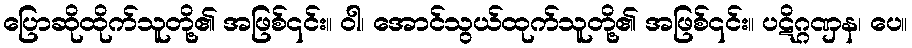
ပြောဆိုထိုက်သူတို့၏ အဖြစ်၎င်း။ ဝါ၊ အောင်သွယ်ထုက်သူတို့၏ အဖြစ်၎င်း။ ပဋိဂ္ဂဏှန၊ ပေ။